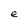
Character: e